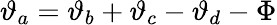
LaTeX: \vartheta_{a}=\vartheta_{b}+\vartheta_{c}-\vartheta_{d}-\Phi